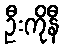
ဦးကိုနီ